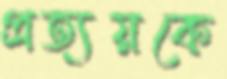
প্রত্যয়কে